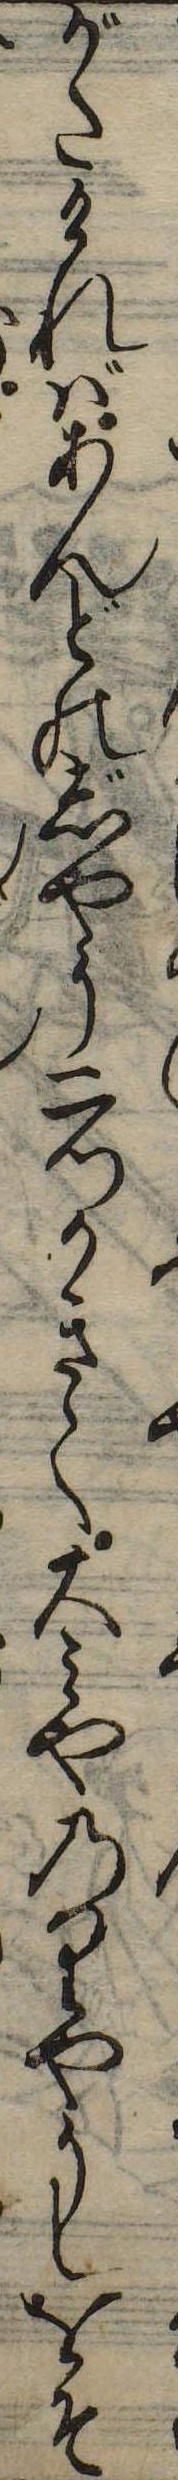
がたければあんどのじやう二つかきて大みやのりやうしをそ